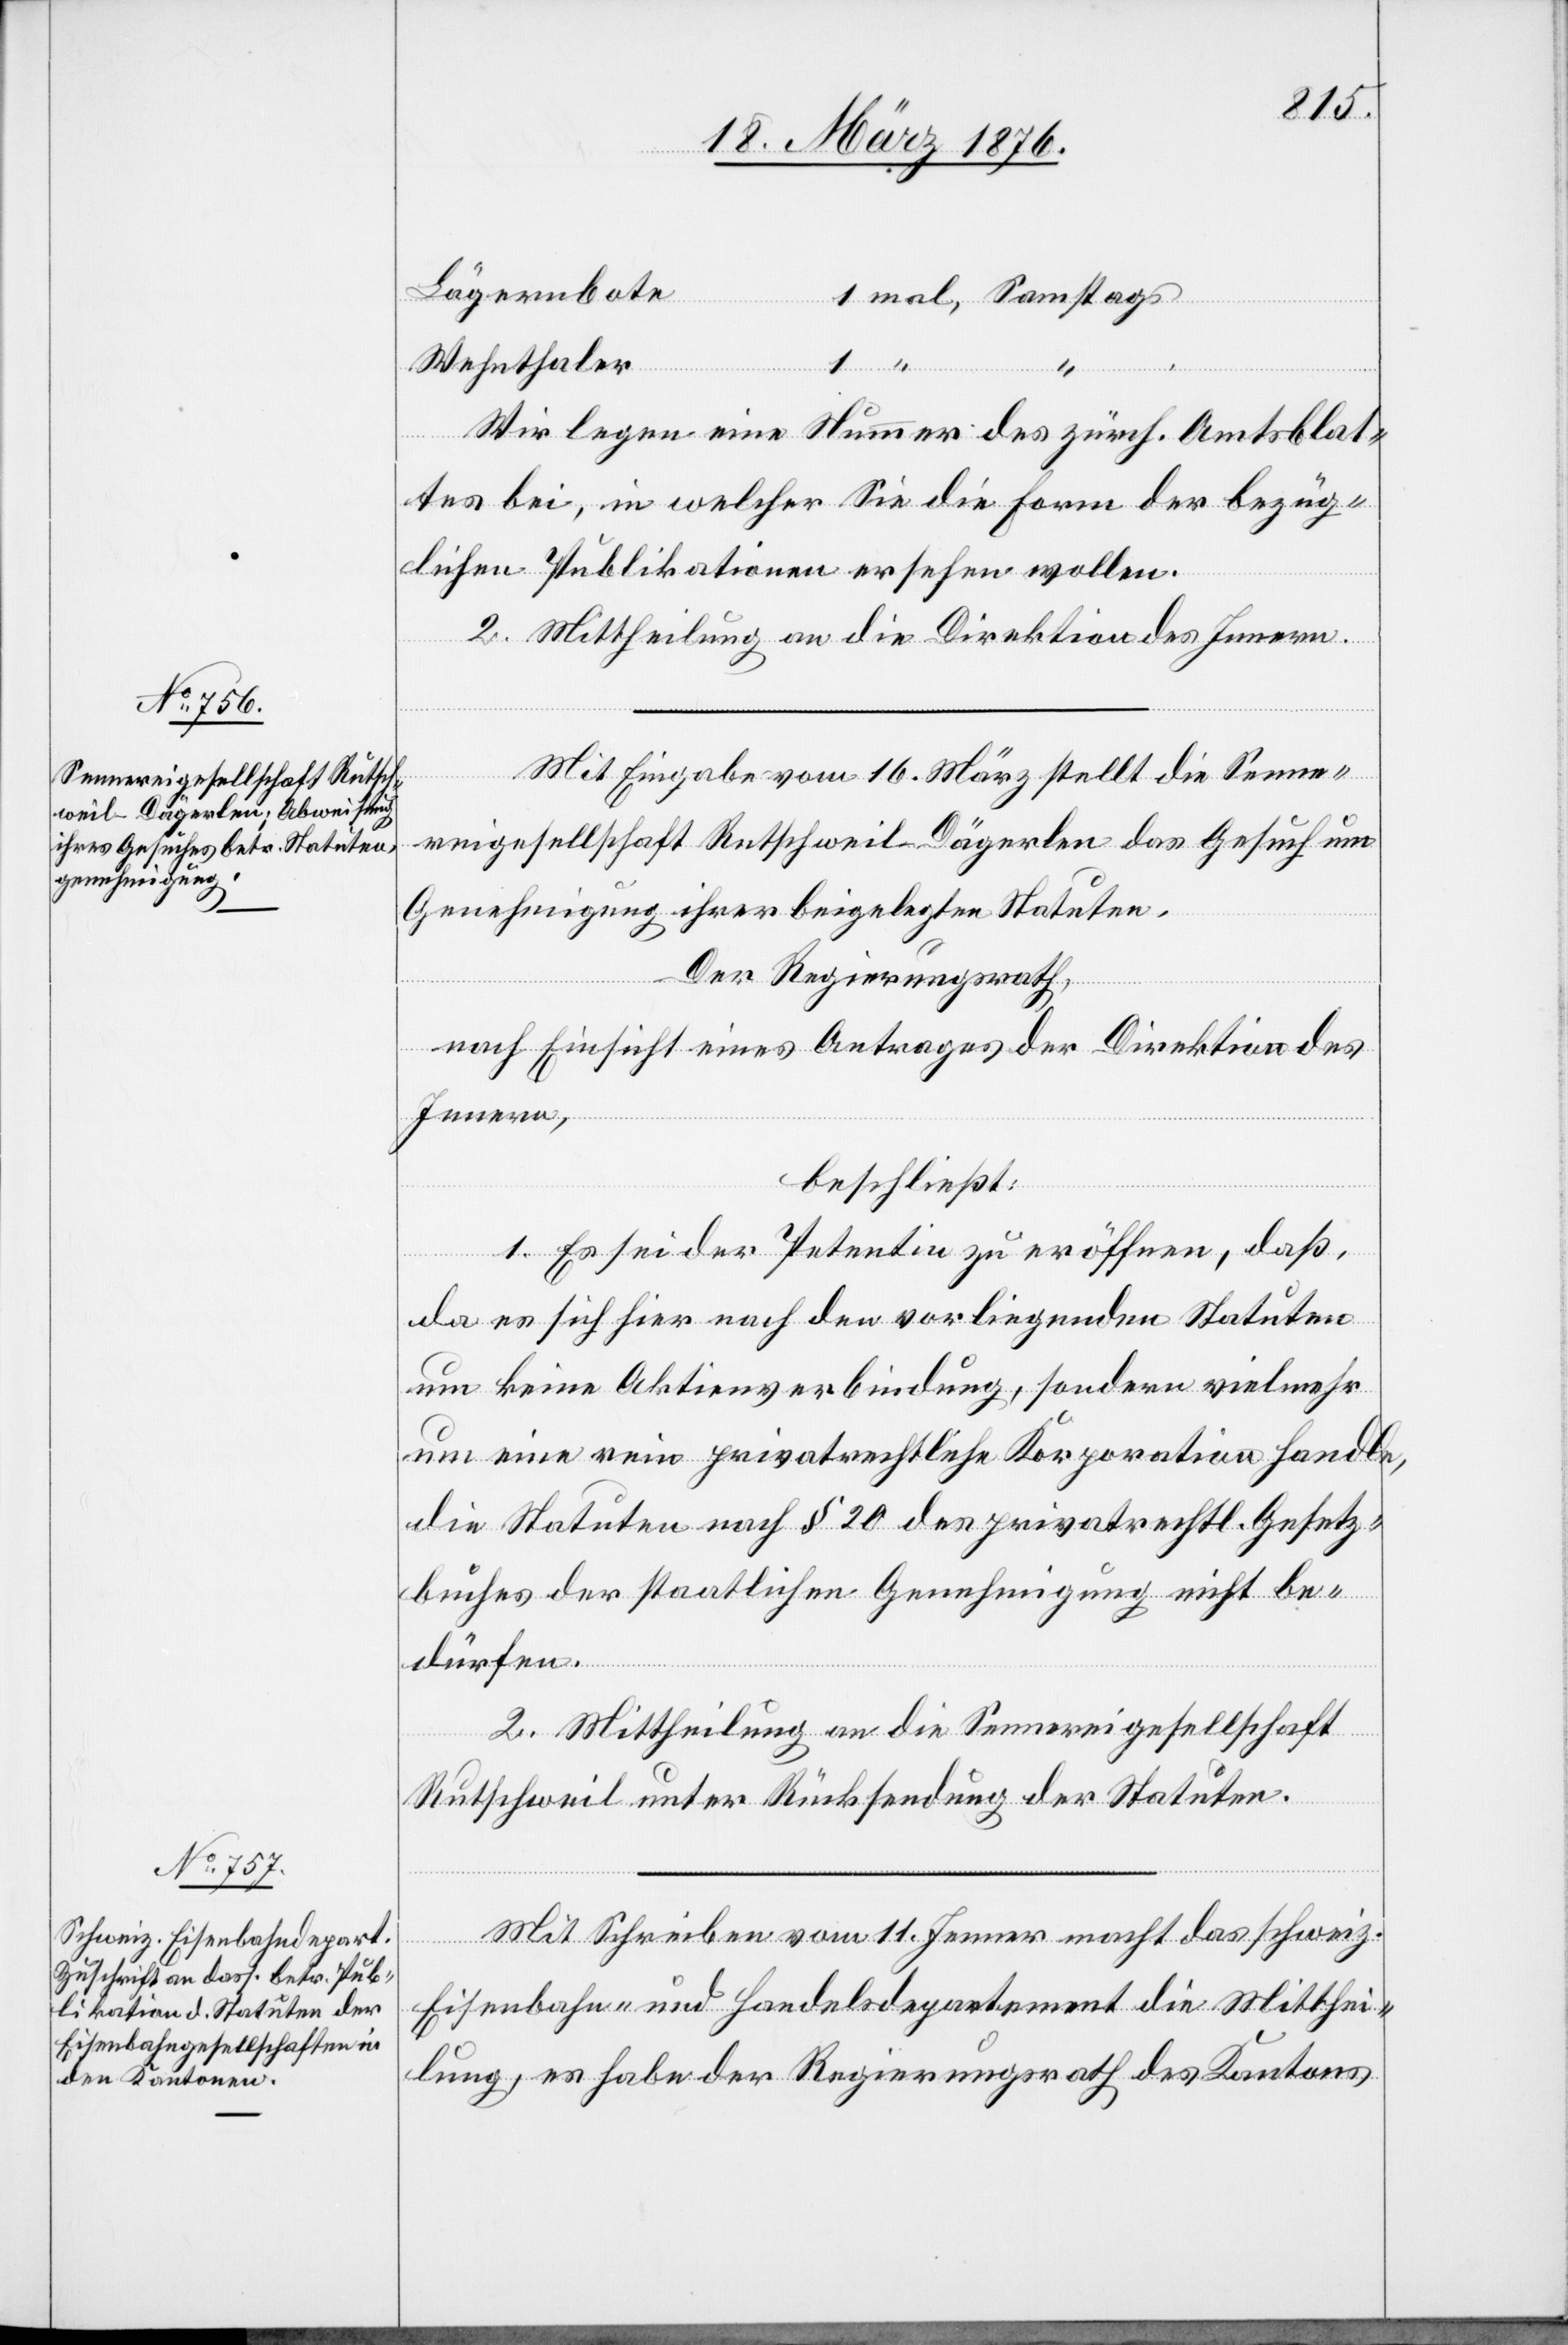
Lägernbote
Wehnthaler
Wir legen eine Nummer des zürch. Amtsblat¬
tes bei, in welcher Sie die Form der bezüg¬
lichen Publikationen ersehen wollen.
2. Mittheilung an die Direktion des Innern.
Mit Eingabe vom 16. März stellt die Senne¬
reigesellschaft Rutschweil-Dägerlen das Gesuch um
Genehmigung ihrer beigelegten Statuten.
Der Regierungsrath,
nach Einsicht eines Antrages der Direktion des
Innern,
beschließt:
es sich
1. Es sei der Petentin zur eröffnen, daß,
um keine Aktienverbindung, sondern vielmehr
um eine rein privatrechtliche Korporation handle,
die Statuen nach § 20 des privatrechtl. Gesetz¬
buches der staatlichen Genehmigung nicht be¬
dürfen.
.
2. Mittheilung an die Sennereigesellschaft
Rutschweil unter Rücksendung der Statuten.
Mit Schreiben vom 11. Jenner macht das schweiz.
Eisenbahn- und Handelsdepartement die Mitthei¬
lung, es habe der Regierungsrath des Kantons